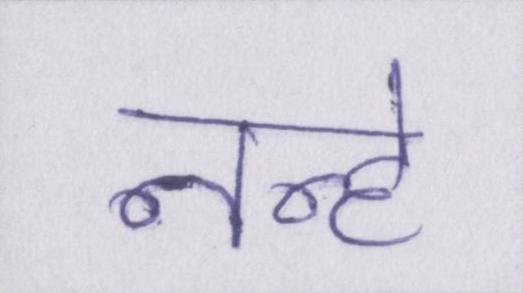
नन्हे